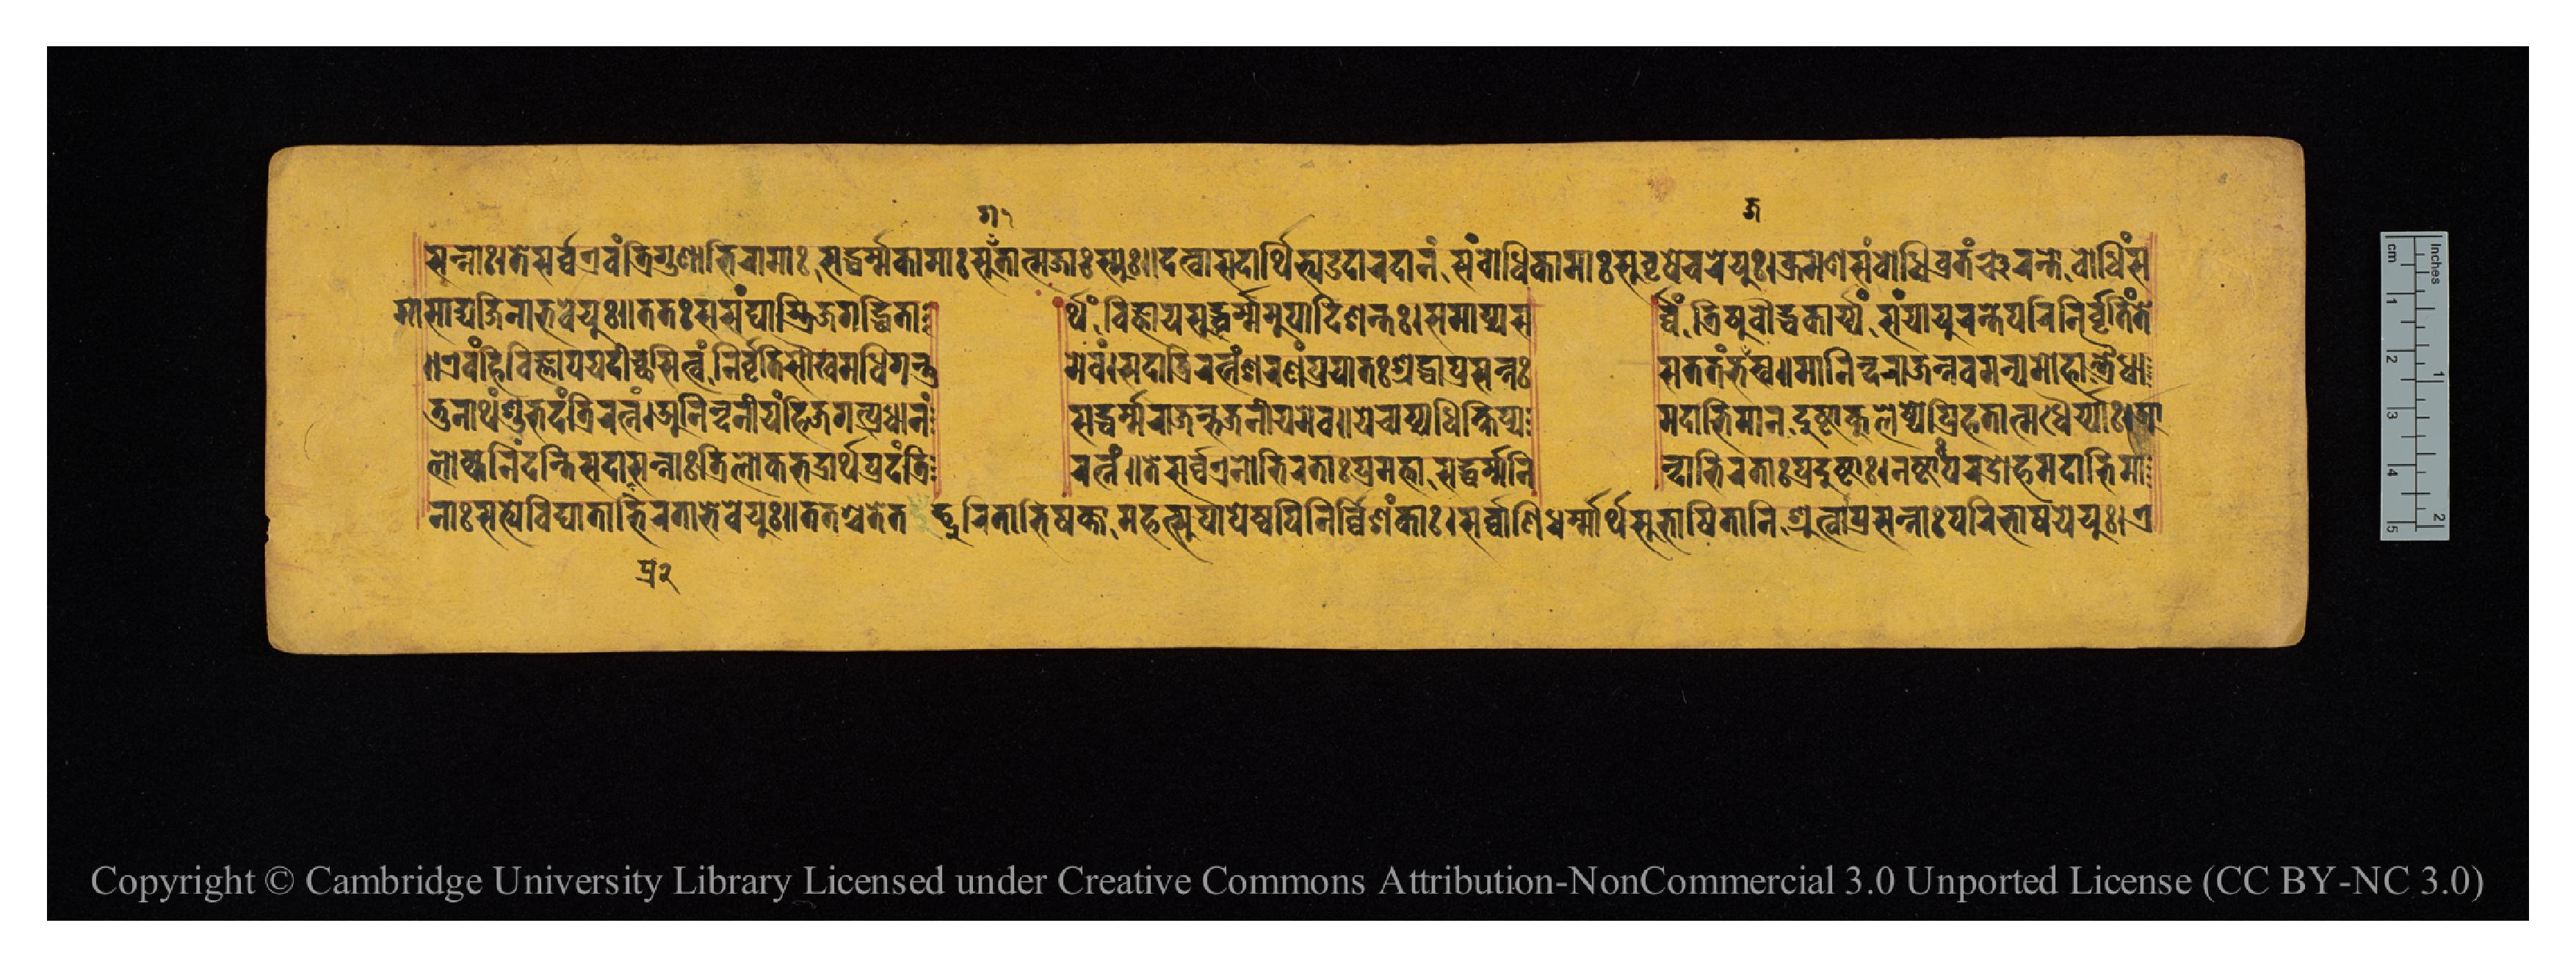
𑐳𑐣𑑂𑐣𑐵𑑅𑑋𑐟𑐾𑐳𑐬𑑂𑐰𑑂𑐰𑐊𑐰𑑄𑐟𑑂𑐬𑐶𑐐𑐸𑐞𑐵𑐨𑐶𑐬𑐵𑐩𑐵𑐳𑐡𑑂𑐢𑐬𑑂𑐩𑑂𑐩𑐎𑐵𑐩𑐵𑑅𑐳𑐸𑑄𑐟𑐵𑐟𑑂𑐩𑐖𑐵𑑅𑐳𑑂𑐫𑐸𑑅𑑋𑐡𑐟𑑂𑐰𑐵𑐳𑐡𑐵𑐬𑑂𑐠𑐶𑐨𑑂𑐫𑑁𑐡𑐵𑐬𑐡𑐵𑐣𑑄𑐳𑑄𑐧𑑀𑐢𑐶𑐎𑐵𑐩𑐵𑑅𑐳𑐸𑐰𑐺𑐲𑐾𑐔𑐬𑐾𑐫𑐸𑑅𑑋𑐎𑑂𑐬𑐩𑐾𑐞𑐳𑐩𑑂𑐧𑑀𑐢𑐶𑐰𑑂𑐬𑐟𑐘𑑂𑐔𑐬𑐣𑑂𑐟𑑀𑐧𑑀𑐢𑐶𑑄𑐳 𑐩𑐵𑐳𑐵𑐡𑑂𑐫𑐖𑐶𑐣𑐵𑐨𑐰𑐾𑐫𑐸𑑅𑑌𑐟𑐟𑑅𑐳𑐳𑑄𑐑𑐵𑐫𑐶𑐖𑐐𑐡𑑂𑐢𑐶𑐟𑐵 𑐬𑑂𑐠𑑄𑐰𑐶𑐖𑑂𑐘𑐵𑐫𑐳𑐸𑐢𑐬𑑂𑐩𑑂𑐩𑐩𑐸𑐥𑐵𑐡𑐶𑐱𑐣𑑂𑐟𑑅𑑋𑐳𑐩𑐵𑐥𑑂𑐫𑐳 𑐬𑑂𑐰𑑂𑐰𑑄𑐟𑑂𑐬𑐶𑐲𑐸𑐧𑑁𑐡𑑂𑐢𑐎𑐵𑐬𑑂𑐫𑑄𑐳𑑄𑐫𑐫𑐸𑐬𑐣𑑂𑐟𑐾𑐥𑐬𑐶𑐣𑐶𑐬𑑂𑐰𑐺𑐟𑐶𑑄𑐟𑐾 𑑌𑐊𑐰𑑄𑐴𑐶𑐰𑐶𑐖𑑂𑐘𑐵𑐫𑐫𑐡𑐷𑐔𑑂𑐕𑐳𑐶𑐟𑑂𑐰𑑄𑐣𑐶𑐬𑑂𑐰𑐺𑐟𑐶𑐳𑑁𑐏𑑂𑐫𑐩𑐢𑐶𑐐𑐣𑑂𑐟𑐸 𑐩𑐾𑐰𑑄𑑋𑐳𑐡𑐵𑐟𑑂𑐬𑐶𑐬𑐟𑑂𑐣𑑄𑐱𑐬𑐞𑑄𑐥𑑂𑐬𑐫𑐵𑐟𑑅𑐱𑑂𑐬𑐡𑑂𑐢𑐵𑐥𑑂𑐬𑐳𑐣𑑂𑐣𑑅 𑐳𑐟𑐟𑑄𑐨𑐖𑐳𑑂𑐰𑑌𑐩𑐵𑐣𑐶𑐣𑑂𑐡𑐬𑐵𑐖𑐣𑑂𑐣𑐰𑐩𑐣𑑂𑐫𑐩𑑀𑐴𑑀𑐟𑑂𑐬𑐿𑐢𑐵 𑐟𑐸𑐣𑐵𑐠𑑄𑐱𑐸𑐨𑐡𑑄𑐟𑑂𑐬𑐶𑐬𑐟𑑂𑐣𑑄𑑋𑐀𑐣𑐶𑐣𑑂𑐡𑐣𑐷𑐫𑑄𑐴𑐶𑐖𑐐𑐟𑑂𑐥𑑂𑐬𑐢𑐵𑐣𑑄 𑐳𑐡𑑂𑐢𑐬𑑂𑐩𑑂𑐩𑐬𑐵𑐖𑑄𑐨𑐖𑐣𑐷𑐫𑐩𑐾𑐰𑑌𑐫𑐾𑐔𑐵𑐥𑑂𑐫𑐢𑐶𑐎𑑂𑐲𑐶𑐥𑑂𑐫 𑐩𑐡𑐵𑐨𑐶𑐩𑐵𑐣𑐵𑐡𑐸𑐲𑑂𑐚𑐎𑐸𑐮𑐾𑐲𑑂𑐰𑐾𑐥𑑂𑐬𑐶𑐰𑐶𑐴𑐟𑐵𑐟𑑂𑐩𑐢𑐿𑐬𑑂𑐫𑐵𑑅𑑋𑐁 𑐮𑑀𑐎𑑂𑐫𑐣𑐶𑐣𑑂𑐡𑐣𑑂𑐟𑐶𑐳𑐡𑐵𑐥𑑂𑐬𑐳𑐣𑑂𑐣𑐵𑑅𑐟𑑂𑐬𑐶𑐮𑑀𑐎𑐨𑐡𑑂𑐬𑐵𑐬𑑂𑐠𑐥𑑂𑐬𑐡𑑄𑐟𑑂𑐬𑐶 𑐬𑐟𑑂𑐣𑑄𑑌𑐟𑐾𑐳𑐬𑑂𑐰𑑂𑐰𑐊𑐣𑑀𑐨𑐶𑐬𑐟𑐵𑑅𑐥𑑂𑐬𑐩𑐟𑑂𑐟𑐵𑑅𑐳𑐡𑑂𑐢𑐬𑑂𑐩𑑂𑐩𑐣𑐶 𑐣𑑂𑐡𑐵𑐨𑐶𑐬𑐟𑐵𑑅𑐥𑑂𑐬𑐡𑐸𑐲𑑂𑐚𑐵𑑅𑑋𑐣𑐲𑑂𑐚𑐵𑑅𑐥𑐬𑐡𑑂𑐬𑑀𑐴𑐩𑐡𑐵𑐨𑐶𑐩𑐵 𑐣𑐵𑑅𑐳𑐟𑑂𑐰𑐰𑐶𑐑𑐵𑐟𑐵𑐨𑐶𑐬𑐟𑐵𑐨𑐰𑐾𑐫𑐸𑑅𑑌𑐟𑐟𑐱𑑂𑐔𑐟𑐾𑐟𑐡𑐸𑐬𑐶𑐟𑐵𑐨𑐶𑐲𑐎𑑂𑐟𑐵𑐩𑐴𑐟𑑂𑐳𑐸𑐥𑐵𑐥𑐾𑐲𑑂𑐰𑐥𑐶𑐣𑐶𑐬𑑂𑐰𑐶𑐱𑑄𑐎𑐵𑑅𑑋𑐳𑐬𑑂𑐰𑑂𑐰𑐵𑐞𑐶𑐢𑐬𑑂𑐩𑐵𑐬𑑂𑐠𑐳𑐸𑐨𑐵𑐲𑐶𑐟𑐵𑐣𑐶𑐱𑑂𑐬𑐸𑐟𑑂𑐰𑐵𑐥𑑂𑐬𑐳𑐣𑑂𑐣𑐵𑑅𑐥𑐬𑐶𑐨𑐵𑐲𑐫𑐾𑐫𑐸𑑅𑑋𑐊